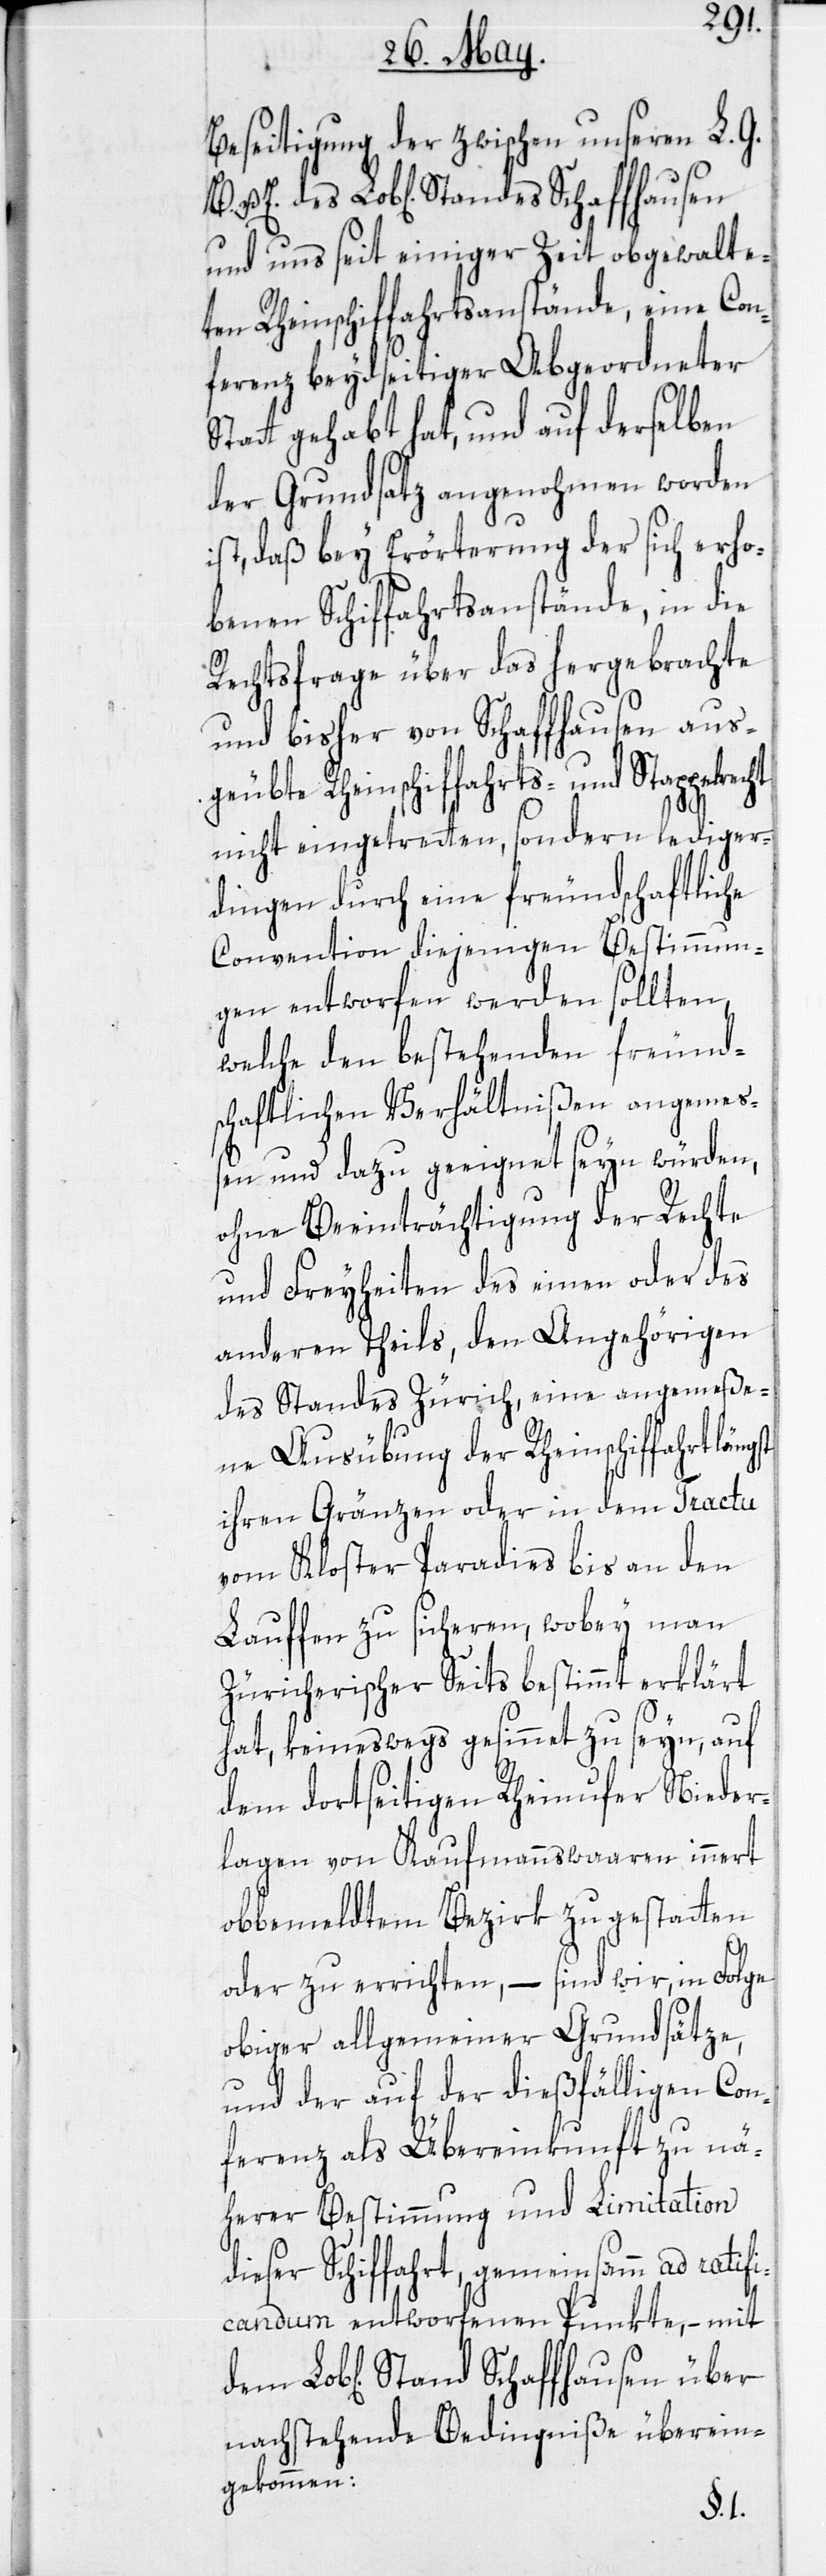
Beseitigung der zwischen unseren L. G.
und uns seit einiger Zeit obgewalte¬
ten Rheinschiffahrtsanstände, eine Con¬
ferenz beydseitiger Abgeordneter
Statt gehabt hat, und auf derselben
der Grundsatz angenohmen worden
ist, daß bey Erörterung der sich erho¬
benen Schiffahrtsanstände, in die
Rechtsfrage über das hergebrachte
und bisher von Schaffhausen aus¬
geübte Rheinschiffahrts- und Stappelr¬
nicht eingetreten, sondern lediger¬
dingen durch eine freundschaftliche
Convention diejenigen Bestimmun¬
gen entworfen werden sollten,
welche den bestehenden freund¬
schaftlichen Verhältnißen angemes¬
sen und dazu geeignet seyn würden,
ohne Beeinträchtigung der Rechte
und Freyheiten des einen oder des
anderen Theils, den Angehörigen
des Standes Zürich, eine angemeße¬
ne Ausübung der Rheinschiffahrt
ihren Gränzen oder in dem Tractu
vom Kloster Paradies bis an den
Lauffen zu sicheren, wobey man
Züricherischer Seits bestimmt erklärt
hat, keineswegs gesinnet zu seyn, auf
dem dortseitigen Rheinufer Nieder¬
lagen von Kaufmannswaaren innert
obbemeldtem Bezirk zu gestatten
oder zu errichten, – sind wir, in Folge
obiger allgemeiner Grundsätze,
und der auf der dießfälligen Con¬
ferenz als Übereinkunft zu nä¬
herer Bestimmung und Limitation
dieser Schiffahrt, gemeinsamm ad ratif¬
icandum entworfenen Punkte, – mit
nachstehende Bedigniße überein¬
gekommen:
echt